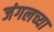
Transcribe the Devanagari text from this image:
जंगलच्या